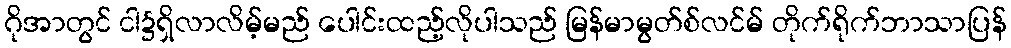
ဂိုအာတွင် ငါ၌ရှိလာလိမ့်မည် ပေါင်းထည့်လိုပါသည် မြန်မာမွတ်စ်လင်မ် တိုက်ရိုက်ဘာသာပြန်